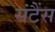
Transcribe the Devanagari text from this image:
संटैंस